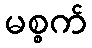
မစ္စက်